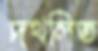
দখলিত